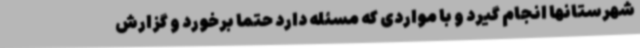
شهرستانها انجام گیرد و با مواردی که مسئله دارد حتما برخورد و گزارش